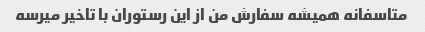
متاسفانه همیشه سفارش من از این رستوران با تاخیر میرسه